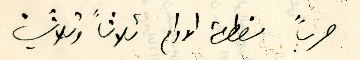
حرباً مضطرة الادام ثلاثاً وثلاثين